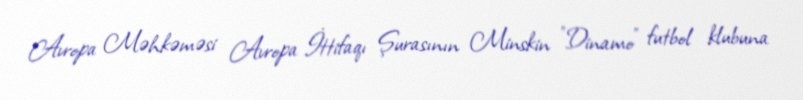
Avropa Məhkəməsi Avropa İttifaqı Şurasının Minskin "Dinamo" futbol klubuna